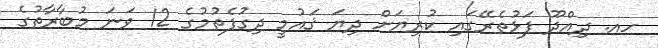
ހއ. ދިއްދޫ ފަޅުތެރޭގައި ކުރިޔަށް ދިޔަ ޤައުމީ ދިގުފެތުމުގެ 12 ވަނަ މުބާރާތުގެ